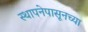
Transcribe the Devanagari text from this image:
स्थापनेपासूनच्या